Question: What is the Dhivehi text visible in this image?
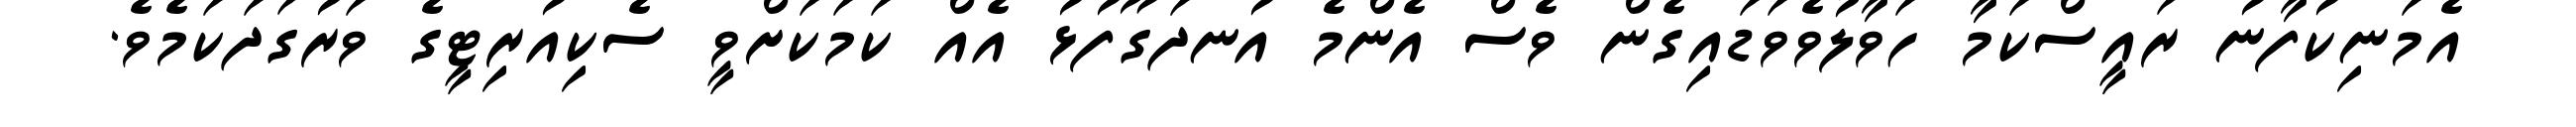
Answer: އެމަނިކުފާނު ރައީސްކަމާ ހަވާލުވެވަޑައިގެން ވެސް އެންމެ އުނދަގޫފުޅު އެއް ކަމަކަށްވީ ސެކިއުރިޓީގެ ވަރުގަދަކަމެވެ.